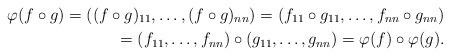
LaTeX: \begin{align*}\varphi (f\circ g) =((f\circ g)_{11},\ldots,(f\circ g)_{nn}) =(f_{11}\circ g_{11},\ldots,f_{nn}\circ g_{nn}) \\ =(f_{11},\ldots,f_{nn})\circ (g_{11},\ldots,g_{nn}) =\varphi (f)\circ \varphi (g).\end{align*}